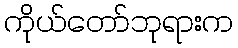
ကိုယ်တော်ဘုရားက